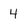
Character: 4